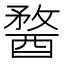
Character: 𨡭